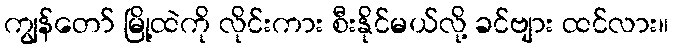
ကျွန်တော် မြို့ထဲကို လိုင်းကား စီးနိုင်မယ်လို့ ခင်ဗျား ထင်လား။